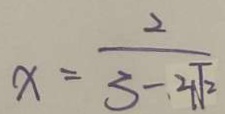
x = \frac { 2 } { 3 - 2 \sqrt { 2 } }